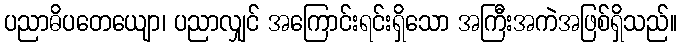
ပညာဓိပတေယျော၊ ပညာလျှင် အကြောင်းရင်းရှိသော အကြီးအကဲအဖြစ်ရှိသည်။